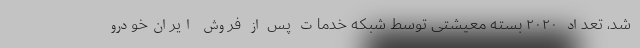
شد، تعداد ۲۰۲۰ بسته معیشتی توسط شبکه خدمات پس از فروش ایران‌خودرو